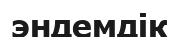
эндемдік